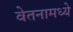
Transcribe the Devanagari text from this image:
वेतनामध्ये